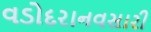
વડોદરાનવસારી